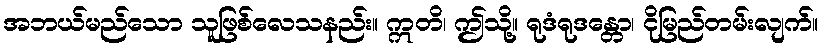
အဘယ်မည်သော သူဖြစ်လေသနည်း။ ဣတိ၊ ဤသို့။ ရုဒံရုဒန္တော၊ ငိုမြည်တမ်းလျက်။